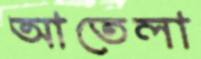
আতেলা